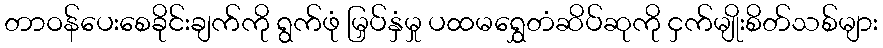
တာဝန်ပေးစေခိုင်းချက်ကို ရွက်ဖုံ မြှပ်နှံမှု ပထမရွှေတံဆိပ်ဆုကို ငှက်မျိုးစိတ်သစ်များ